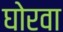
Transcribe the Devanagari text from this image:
घोरवा